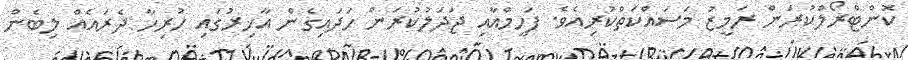
ކޮންޓްރޯލްކުރަން ރަމީޒު މަސައްކަތްކުރިއެވެ. ފަހީމްއާއި ޖަދަލުކުރަން ހަދައިގެން އާޚިރުގައި ހުރިހާ ދެރައެއް ލިބެން